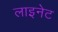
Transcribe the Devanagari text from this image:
लाइनेट